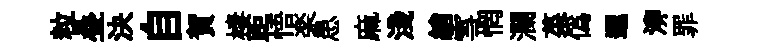
粒叠決自賀棲距悟楽患麻淺綃雪惘瀾菜偽邐泖罪